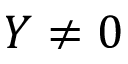
Y \neq 0